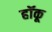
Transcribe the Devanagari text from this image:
हॉकू